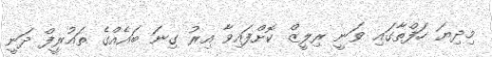
މިދިޔަ ހަފްތާގައި ވަނީ ރިލީޒް ކޮށްފައިވާ އިރު ގިނަ ބައެއްގެ ތައުރީފް ދަނީ